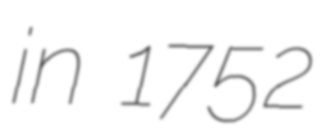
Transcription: in 1752